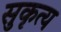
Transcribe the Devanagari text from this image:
सुकृत्य